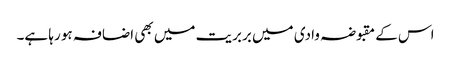
اس کے مقبوضہ وادی میں بربریت میں بھی اضافہ ہو رہا ہے۔